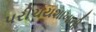
પરીચયશાખાની